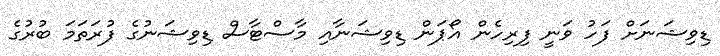
ޑިވިޝަނަށް ފަހު ވަނީ ފިރިހެން އޯޕަން ޑިވިޝަނާއި މާސްޓާސް ޑިވިޝަނުގެ ފުރަތަމަ ބުރުގެ